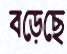
বড়েছে